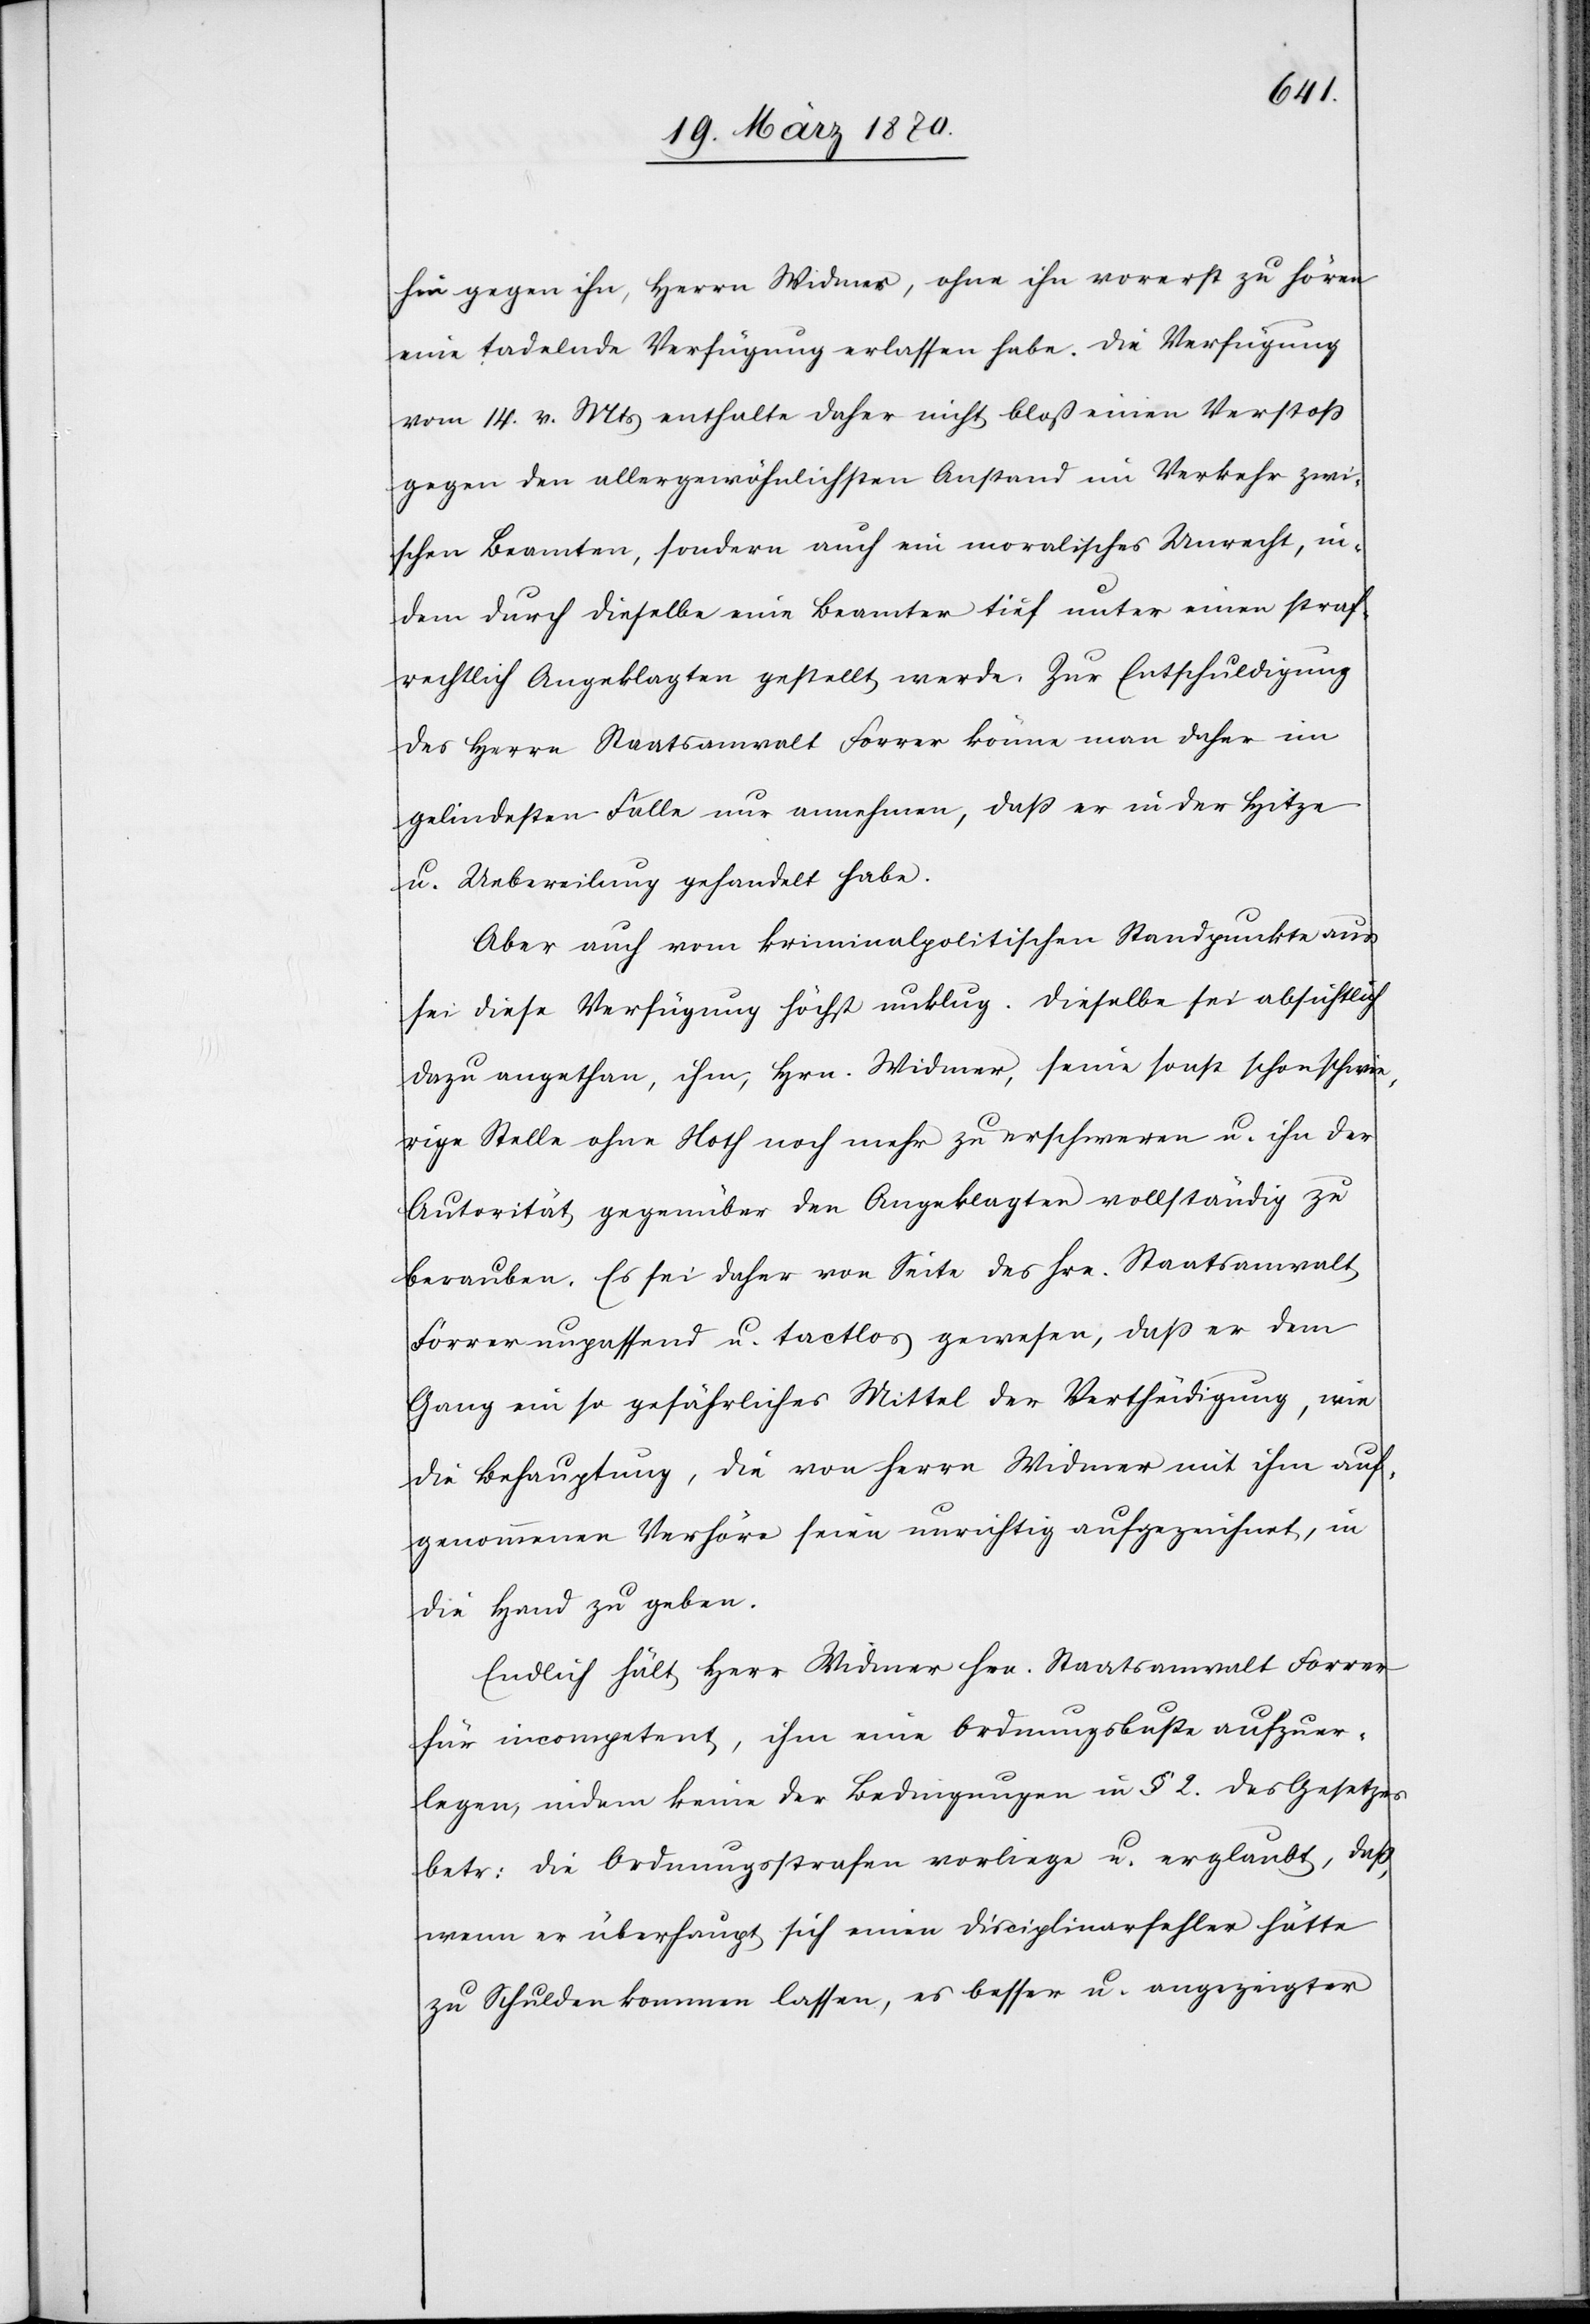
hin gegen ihn, Herrn Widmer, ohne ihn vorerst zu hören
eine tadelnde Verfügung erlassen habe. Die Verfügung
vom 14. v. Mts enthalte daher nicht bloß einen Verstoß
gegen den allergewöhnlichsten Anstand im Verkehr zwi¬
schen Beamten, sondern auch ein moralisches Unrecht, in¬
dem durch dieselbe eine [sic!] Beamter tief unter einen straf¬
rechtlich Angeklagten gestellt werde. Zur Entschuldigung
des Herrn Staatsanwalt Forrer könne man daher im
gelindesten Falle nur annehmen, daß er in der Hitze
u. Uebereilung gehandelt habe.
Aber auch vom kriminalpolitischen Standpunkte aus
sei diese Verfügung höchst unklug. Dieselbe sei absichtlich
dazu angethan, ihm, Hrn. Widmer, seine sonst schon schwie¬
rige Stelle ohne Noth noch mehr zu erschweren u. ihn der
Autorität gegenüber Angeklagten vollständig zu
berauben. Es sei daher von Seite des Hrn. Staatsanwalt
Forrer unpassend u. tactlos gewesen, daß er dem
Ganz ein so gefährliches Mittel der Vertheidigung, wie
die Behauptung, die von Herrn Widmer mit ihm auf¬
genommenen Verhöre seien unrichtig aufgezeichnet, in
die Hand zu geben.
Endlich hält Herr Widmer Hrn. Staatsanwalt Forrer
für incompetent, ihm eine Ordnungsbuße aufzuer¬
legen, indem keine der Bedingungen in § 2. des Gesetzes
betr: die Ordnungsstrafen vorliege u. er glaubt, daß,
wenn er überhaupt sich einen Disciplinarfehler hätte
zu Schulden kommen lassen, es besser u. angezeigter